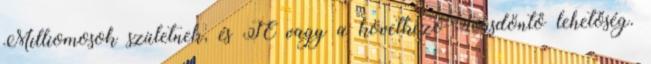
Milliomosok születnek, és TE vagy a következő Sorsdöntő lehetőség.